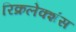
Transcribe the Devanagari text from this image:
रिक्रलेक्शंस